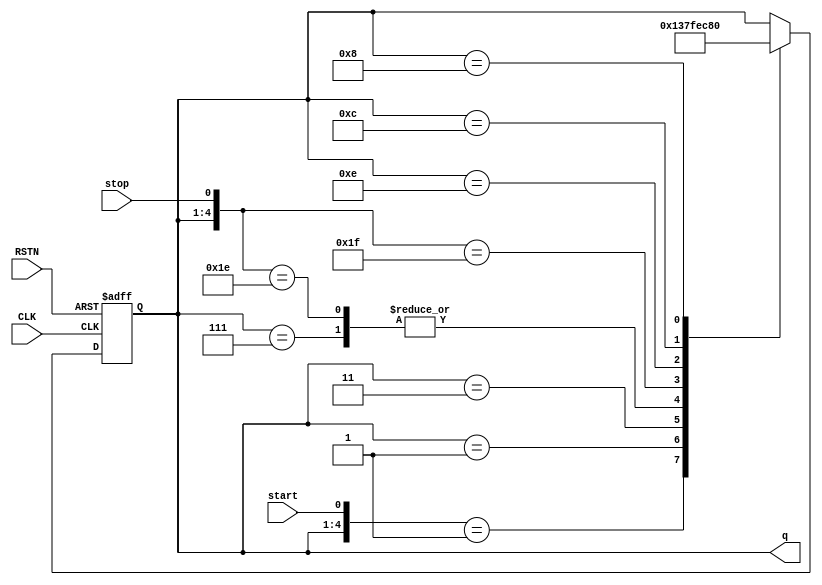
module sm (
  output reg [3:0] q,
  input start,
  input stop,
  input CLK,
  input RSTN
  );
  always @(posedge CLK or negedge RSTN)
  begin
    if (!RSTN) begin
      q <= 0;
    end
    else begin
      casex ({q,start,stop}) // The edited state flow
      6'b0000_1_x: q <= 4'b0001;
      6'b0001_x_x: q <= 4'b0011;
      6'b0011_x_x: q <= 4'b0111;
      6'b0111_x_x: q <= 4'b1111;
      6'b1111_x_0: q <= 4'b1111;
      6'b1111_x_1: q <= 4'b1110;
      6'b1110_x_x: q <= 4'b1100;
      6'b1100_x_x: q <= 4'b1000;
      6'b1000_x_x: q <= 4'b0000;
    endcase
    end
  end
endmodule